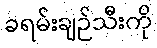
ခရမ်းချဉ်သီးကို